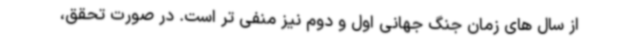
از سال های زمان جنگ جهانی اول و دوم نیز منفی تر است. در صورت تحقق،